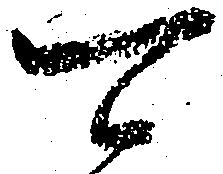
可